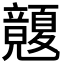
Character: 𥫏